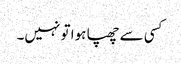
کسی سے چھپا ہوا تو نہیں۔